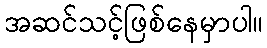
အဆင်သင့်ဖြစ်နေမှာပါ။